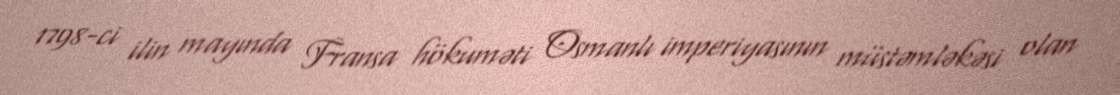
1798-ci ilin mayında Fransa hökuməti Osmanlı imperiyasının müstəmləkəsi olan